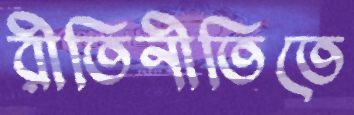
রীতিনীতিতে